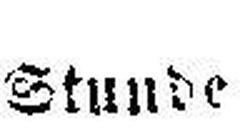
Stunde